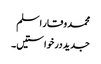
محمد وقار اسلم
جدید درخواستیں۔